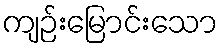
ကျဉ်းမြောင်းသော